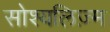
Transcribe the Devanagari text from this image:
सोश्यलिज़्म